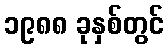
၁၉၈၈ ခုနှစ်တွင်